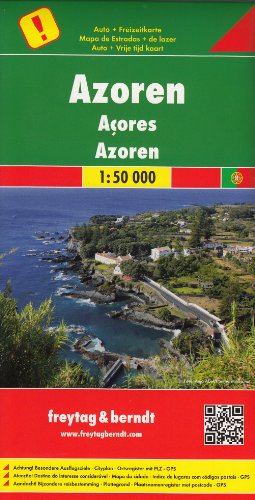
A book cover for Azores (Portugal) 1:50,000 Hiking Map FREYTAG, 2013 edition; Freytag Berndt; Travel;